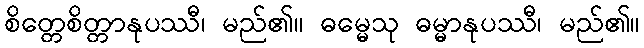
စိတ္တေစိတ္တာနုပဿီ၊ မည်၏။ ဓမ္မေသု ဓမ္မာနုပဿီ၊ မည်၏။